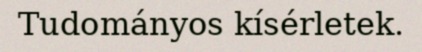
Tudományos kísérletek.